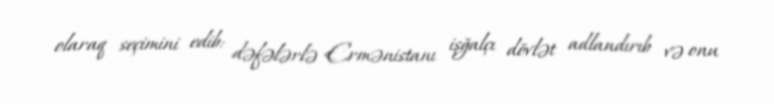
olaraq seçimini edib: dəfələrlə Ermənistanı işğalçı dövlət adlandırıb və onu